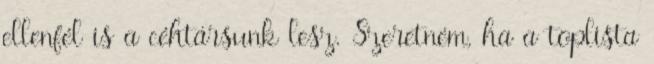
ellenfél is a céhtársunk lesz. Szeretném, ha a toplista